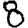
Digit: 8